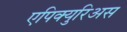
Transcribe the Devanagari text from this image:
एपिक्युरिअस